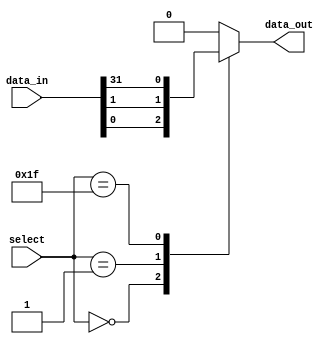
module mux_32to1(
    input [31:0] data_in,
    input [4:0] select,
    output reg data_out
);

always @(*)
begin
    case (select)
        5'b00000 : data_out = data_in[0];
        5'b00001 : data_out = data_in[1];
        // add cases for all 32 inputs
        5'b11111 : data_out = data_in[31];
        default: data_out = 32'd0;
    endcase
end

endmodule